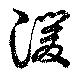
湲